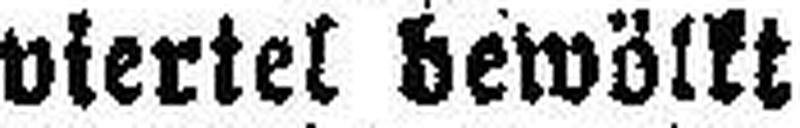
viertel bewölkt